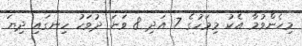
މިހެންވުމާ އެކު މިމަހުގެ 7 އަދި 8 ވަނަ ދުވަހު ހިނގައި ދިޔަ